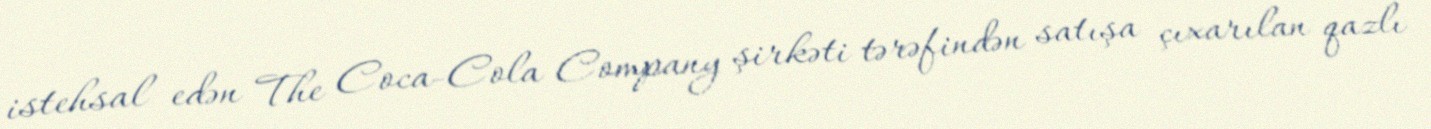
istehsal edən The Coca-Cola Company şirkəti tərəfindən satışa çıxarılan qazlı